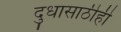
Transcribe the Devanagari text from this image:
दुधासाठीही